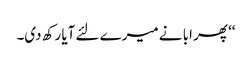
‘‘ پھر ابا نے میرے لئے آیا رکھ دی۔